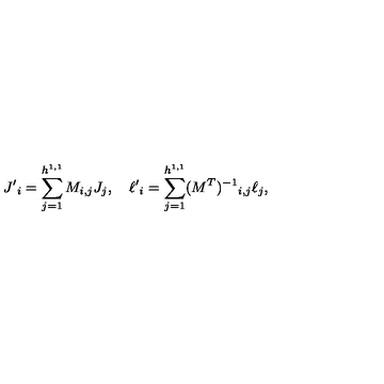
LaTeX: { J ^ { \prime } } _ { i } = \sum _ { j = 1 } ^ { h ^ { 1 , 1 } } M _ { i , j } J _ { j } , \quad { \ell ^ { \prime } } _ { i } = \sum _ { j = 1 } ^ { h ^ { 1 , 1 } } ( M ^ { T } ) ^ { - 1 } { } _ { i , j } \ell _ { j } ,